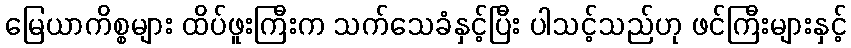
မြေယာကိစ္စများ ထိပ်ဖူးကြီးက သက်သေခံနှင့်ပြီး ပါသင့်သည်ဟု ဖင်ကြီးများနှင့်